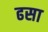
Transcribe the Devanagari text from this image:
ढसा